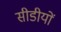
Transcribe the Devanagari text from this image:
सीडीयों